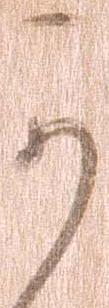
可